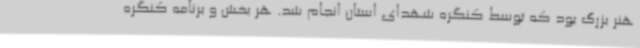
هنر بزرگ بود که توسط کنگره شهدای استان انجام شد. هر بخش و برنامه کنگره